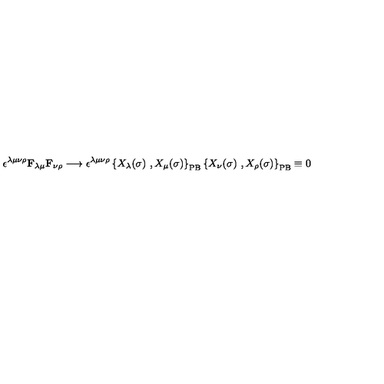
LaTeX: \epsilon ^ { \lambda \mu \nu \rho } \mathbf { F } _ { \lambda \mu } \mathbf { F } _ { \nu \rho } \longrightarrow \epsilon ^ { \lambda \mu \nu \rho } \left\{ X _ { \lambda } ( \sigma ) \ , X _ { \mu } ( \sigma ) \right\} _ { \mathrm { P B } } \left\{ X _ { \nu } ( \sigma ) \ , X _ { \rho } ( \sigma ) \right\} _ { \mathrm { P B } } \equiv 0